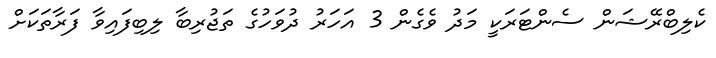
ކެލިބްރޭޝަން ސެންޓަރަކީ މަދު ވެގެން 3 އަހަރު ދުވަހުގެ ތަޖުރިބާ ލިބިފައިވާ ފަރާތަކަށް